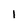
Character: l